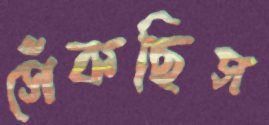
সেঁকছিস